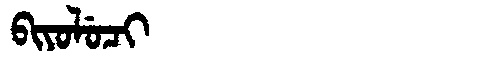
Manchu: ᠪᡳᠶᠣᠯᡠᠴᡳ
Romanization: BIYOLUCI